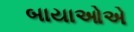
બાયાઓએ